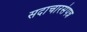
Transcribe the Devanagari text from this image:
सदाचारसंपन्न